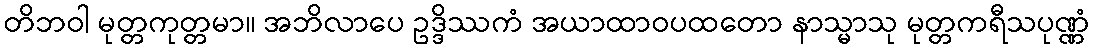
တိဘဝါ မုတ္တကုတ္တမာ။ အဘိလာပေ ဥဒ္ဒိဿကံ အယာထာဝပထတော နာသ္မာသု မုတ္တကရီသပုဏ္ဏံ